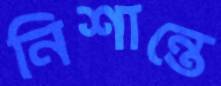
নিশান্তে